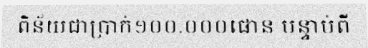
ពិន័យជាប្រាក់១០០.០០០ផោន បន្ទាប់ពី